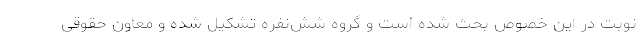
نوبت در این خصوص بحث شده است و گروه شش‌نفره تشکیل شده و معاون حقوقی